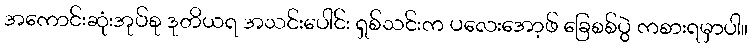
အကောင်းဆုံးအုပ်စု ဒုတိယရ အသင်းပေါင်း ရှစ်သင်းက ပလေးအော့ဖ် ခြေစစ်ပွဲ ကစားရမှာပါ။